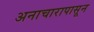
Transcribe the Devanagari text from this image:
अनाचारापासून